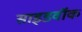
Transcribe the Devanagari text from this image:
साइडवॉक